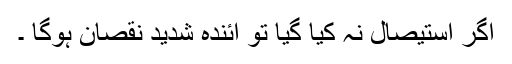
اگر استیصال نہ کیا گیا تو آئندہ شدید نقصان ہوگا ۔